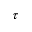
\tau